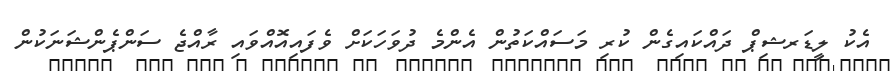
އެކު ލީޑަރޝިޕް ދައްކައިގެން ކުރި މަސައްކަތުން އެންމެ ދުވަހަކަށް ވެފައިއޮއްވައި ރާއްޖެ ސަންޕެންޝަނަކުން